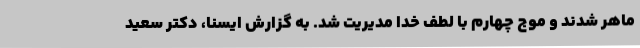
ماهر شدند و موج چهارم با لطف خدا مدیریت شد. به گزارش ایسنا، دکتر سعید